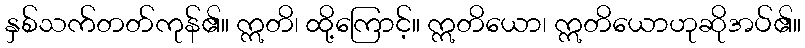
နှစ်သက်တတ်ကုန်၏။ ဣတိ၊ ထို့ကြောင့်။ ဣတိယော၊ ဣတိယောဟုဆိုအပ်၏။